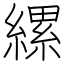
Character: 縲